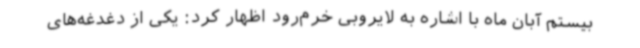
بیستم آبان ماه با اشاره به لایروبی خرم‌رود اظهار کرد: یکی از دغدغه‌های